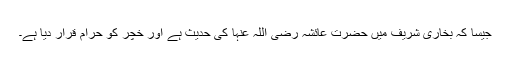
جیسا کہ بخاری شریف میں حضرت عائشہ رضی اللہ عنہا کی حدیث ہے اور خچر کو حرام قرار دیا ہے۔